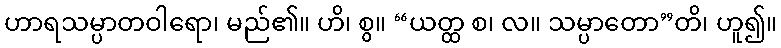
ဟာရသမ္ပာတဝါရော၊ မည်၏။ ဟိ၊ စွ။ “ယတ္ထ စ၊ လ။ သမ္ပာတော”တိ၊ ဟူ၍။